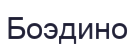
Боэдино